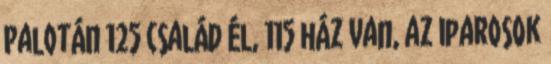
Palotán 125 család él, 115 ház van, az iparosok